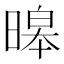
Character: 暤